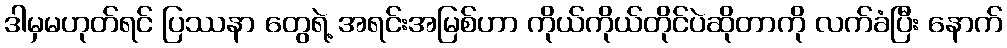
ဒါမှမဟုတ်ရင် ပြဿနာ တွေရဲ့ အရင်းအမြစ်ဟာ ကိုယ်ကိုယ်တိုင်ပဲဆိုတာကို လက်ခံပြီး နောက်